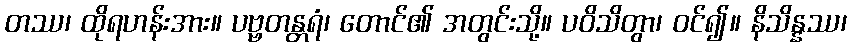
တဿ၊ ထိုရဟန်းအား။ ပဗ္ဗတန္တရံ၊ တောင်၏ အတွင်းသို့။ ပဝိသိတွာ၊ ဝင်၍။ နိသိန္နဿ၊